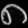
Digit: ၈